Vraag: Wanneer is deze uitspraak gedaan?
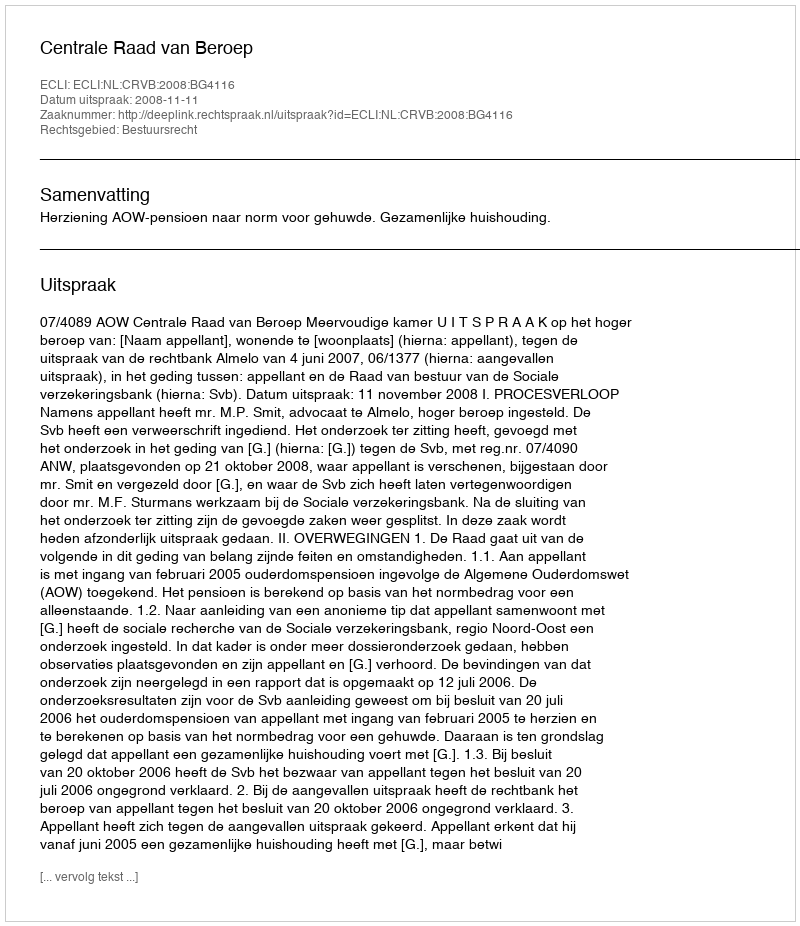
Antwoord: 2008-11-11